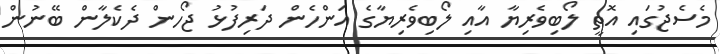
މެސެޖުގައި އޮތީ ލޯބިވެރިޔާ އާއި ލޯބިވެރިޔާގެ އަންހެން ދަރިފުޅު ޖޯހން ދެކެލާން ބޭނުން